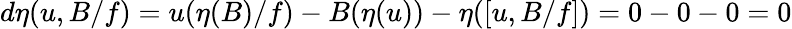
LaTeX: d\eta(u,B/f)=u(\eta(B)/f)-B(\eta(u))-\eta([u,B/f])=0-0-0=0